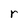
Character: r